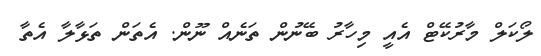
ލޯކަލް މާރުކޭޓް އެއީ މިހާރު ބޭނުން ތަނެއް ނޫން. އެތަން ތަޅާލާ އެތާ